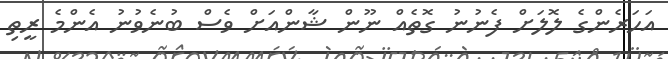
އަހަރެންގެ ލޮލަށް ފެނުނު ގޮތެއް ނޫން ޝާންއަށް ވެސް ބުނެވުނު އެންމެ ރީތި